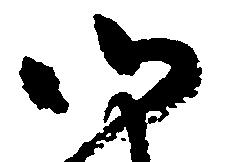
御